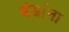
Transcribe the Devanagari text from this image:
बंडांना